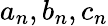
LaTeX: a_{n},b_{n},c_{n}